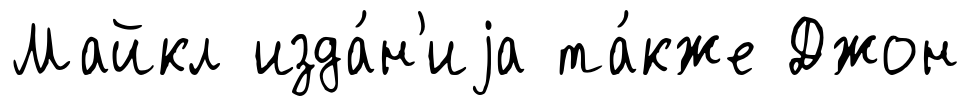
Майкл изда́н'иjа та́кже Джон